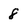
Character: 8